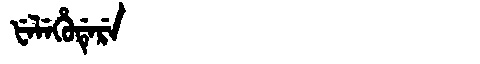
Manchu: ᡶᡝᠯᡝᡥᡠᡩᡝᡵᡝ
Romanization: FELEHUDERE